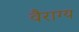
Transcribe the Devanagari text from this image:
वैराग्‍य